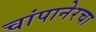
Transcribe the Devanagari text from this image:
चांपानेरचा